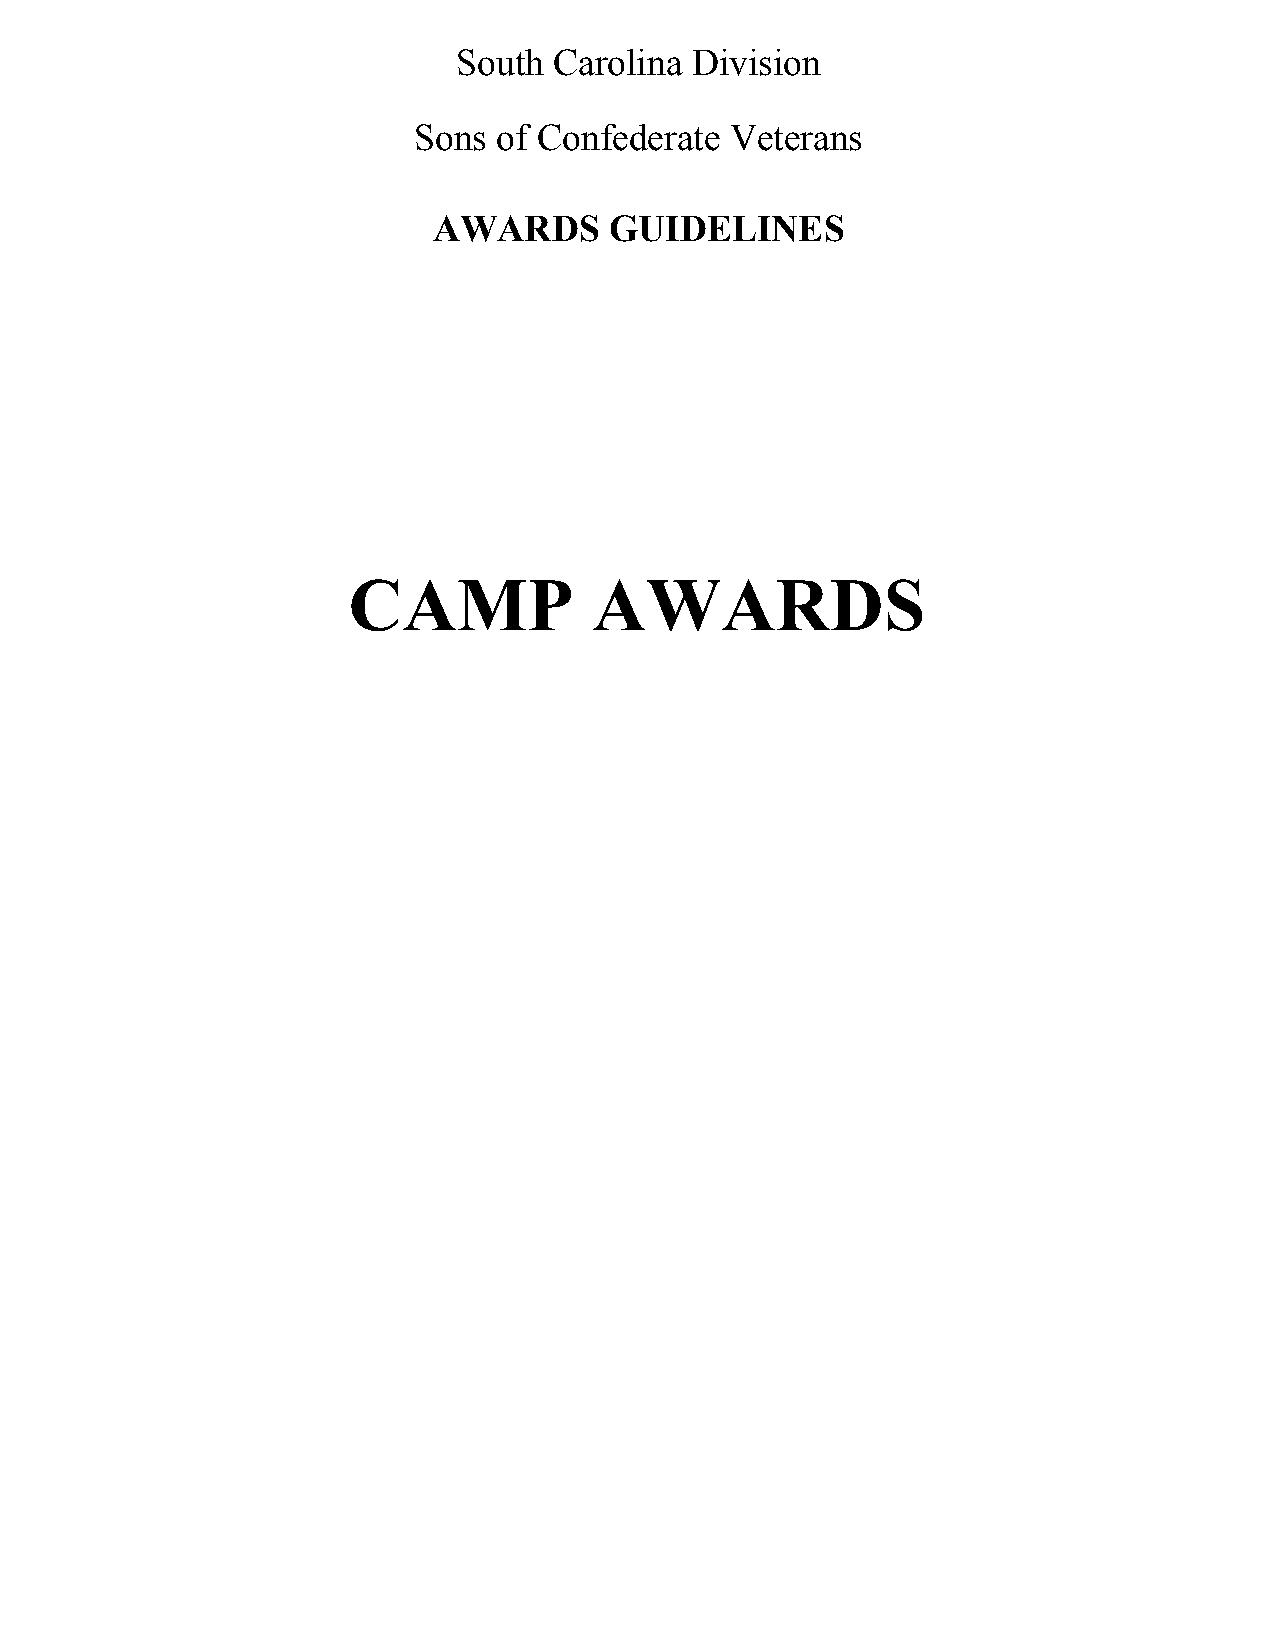
South  Carolina Division
 Sons  of Confederate Veterans
 AWARDS     GUIDELINES
 CAMP            AWARDS